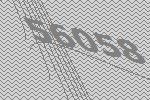
56058